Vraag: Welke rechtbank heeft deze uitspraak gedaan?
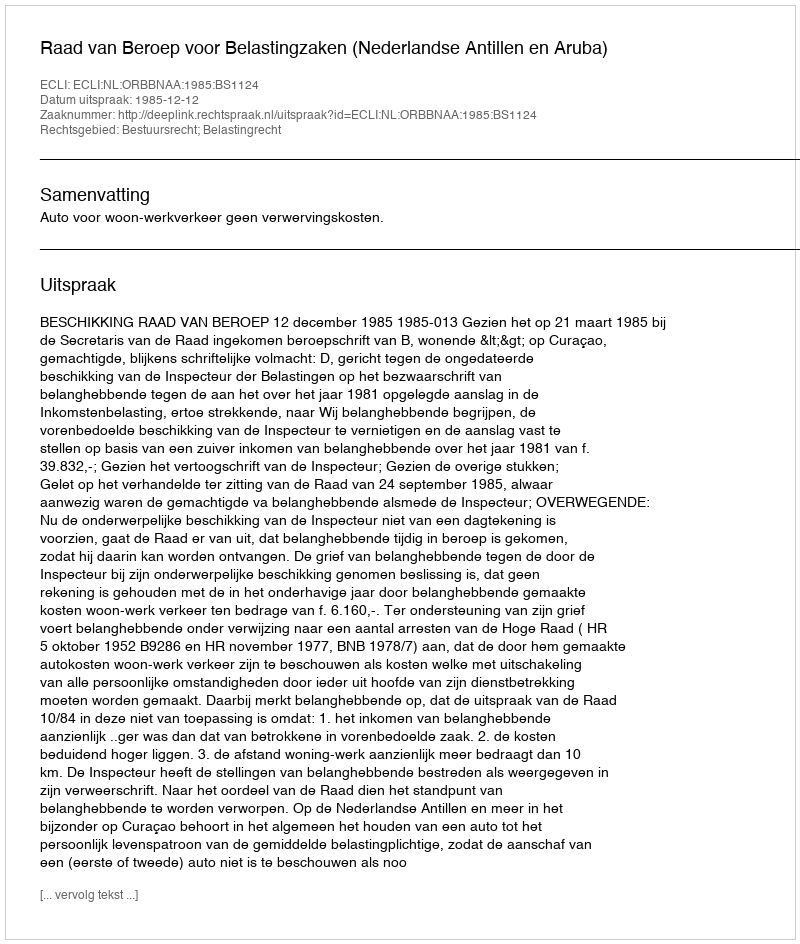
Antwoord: Raad van Beroep voor Belastingzaken (Nederlandse Antillen en Aruba)